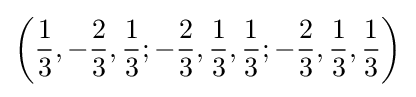
\left({\frac {1}{3}},-{\frac {2}{3}},{\frac {1}{3}};-{\frac {2}{3}},{\frac {1}{3}},{\frac {1}{3}};-{\frac {2}{3}},{\frac {1}{3}},{\frac {1}{3}}\right)